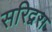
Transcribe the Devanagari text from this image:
सरिद्वरा